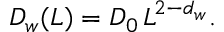
D _ { w } ( L ) = D _ { 0 } \, L ^ { 2 - d _ { w } } .